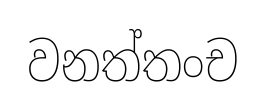
වනත්තංච